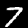
Digit: 7